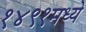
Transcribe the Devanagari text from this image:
१४९१मध्ये